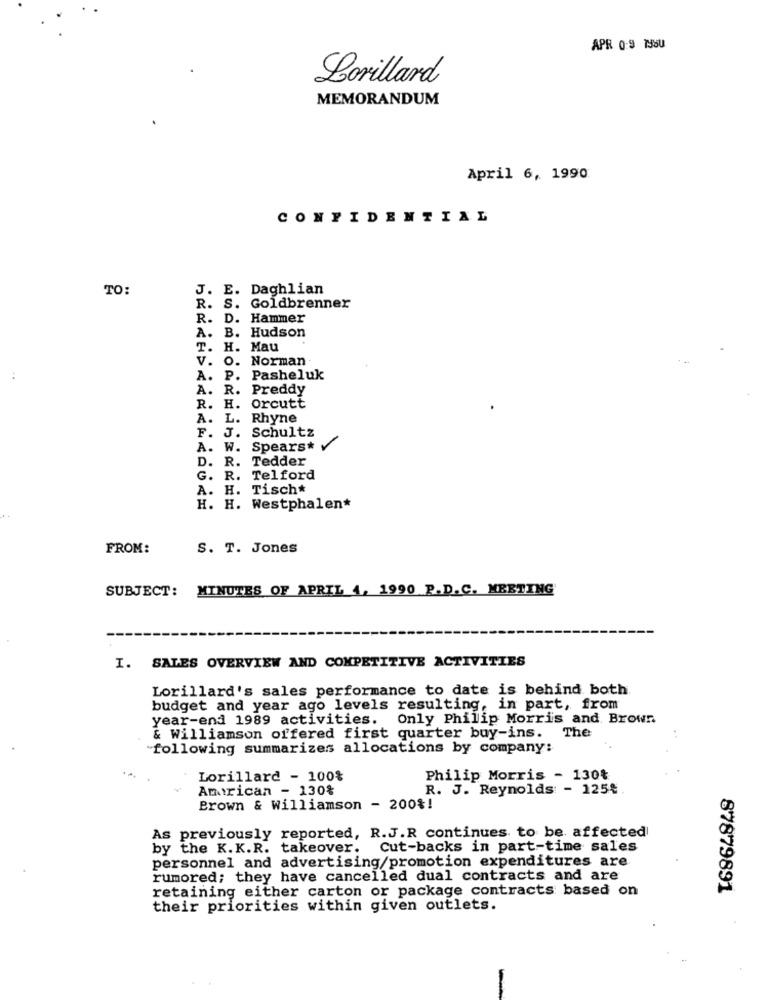
APR 0:9 795U
Lorillard
MEMORANDUM
April 6, 1990
CONFIDENTIAL
TO:
J. E. Daghlian
R. S. Goldbrenner
R. D. Hammer
A. B. Hudson
T. H. Mau
V. O. Norman-
..
A. P. Pasheluk
A. R. Preddy
R. H. Orcutt
A.
L. Rhyne
Schultz
F. J.
A. W. Spears*
D.
R. Tedder
G.
R. Telford
A. H. Tisch*
H. H. Westphalen*
FROM:
S. T. Jones
SUBJECT: MINUTES OF APRIL 4, 1990 P.D.C. MEETING
I. SALES OVERVIEW AND COMPETITIVE ACTIVITIES
Lorillard's sales performance to date is behind both
budget and year ago levels resulting, in part, from
year-end 1989 activities. Only Philip Morris and Brown
The
& Williamson offered first quarter buy-ins.
"following summarizes allocations by company:
Lorillard - 100%
Philip Morris - 130%
Amrican - 130%
R. J. Reynolds - 125₺
Brown & Williamson - 200%!
As previously reported, R.J.R continues to be affected
by the K.K.R. takeover.
Cut-backs in part-time sales
personnel and advertising/promotion expenditures are
rumored; they have cancelled dual contracts and are
retaining either carton or package contracts based on
87879891
their priorities within given outlets.